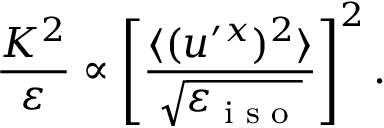
\frac { K ^ { 2 } } { \varepsilon } \propto \left[ { \frac { \langle { ( { u ^ { \prime } { } ^ { x } } ) ^ { 2 } } \rangle } { \sqrt { \varepsilon _ { \textrm { i s o } } } } } \right] ^ { 2 } .